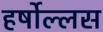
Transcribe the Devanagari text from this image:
हर्षोल्लस